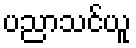
ပညာသင်ယူ